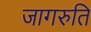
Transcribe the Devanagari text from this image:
जागरुति